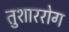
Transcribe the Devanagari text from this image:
तुशाररोग